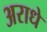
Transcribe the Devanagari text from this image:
अराधे